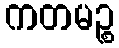
ကတမဉ္စ